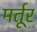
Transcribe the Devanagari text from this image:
मर्तूर